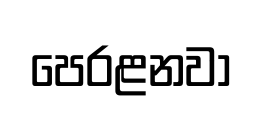
පෙරළනවා